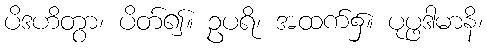
ပိဒဟိတွာ၊ ပိတ်၍။ ဥပရိ၊ အထက်၌။ ပုပ္ဖဒါမာနိ၊